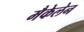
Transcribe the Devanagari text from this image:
मैकेलेन